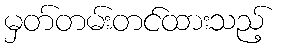
မှတ်တမ်းတင်ထားသည့်